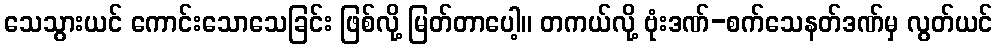
သေသွားယင် ကောင်းသောသေခြင်း ဖြစ်လို့ မြတ်တာပေါ့။ တကယ်လို့ ဗုံးဒဏ်-စက်သေနတ်ဒဏ်မှ လွတ်ယင်